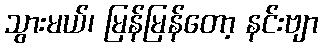
သွားမယ်၊ မြန်မြန်တော့ နင်းဗျာ